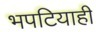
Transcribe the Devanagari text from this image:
भपटियाही